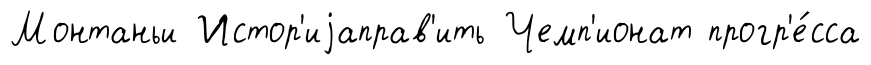
Монтаньи Истор'иjаправ'ить Чемп'ионат прогр'е́сса